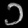
Digit: ၁